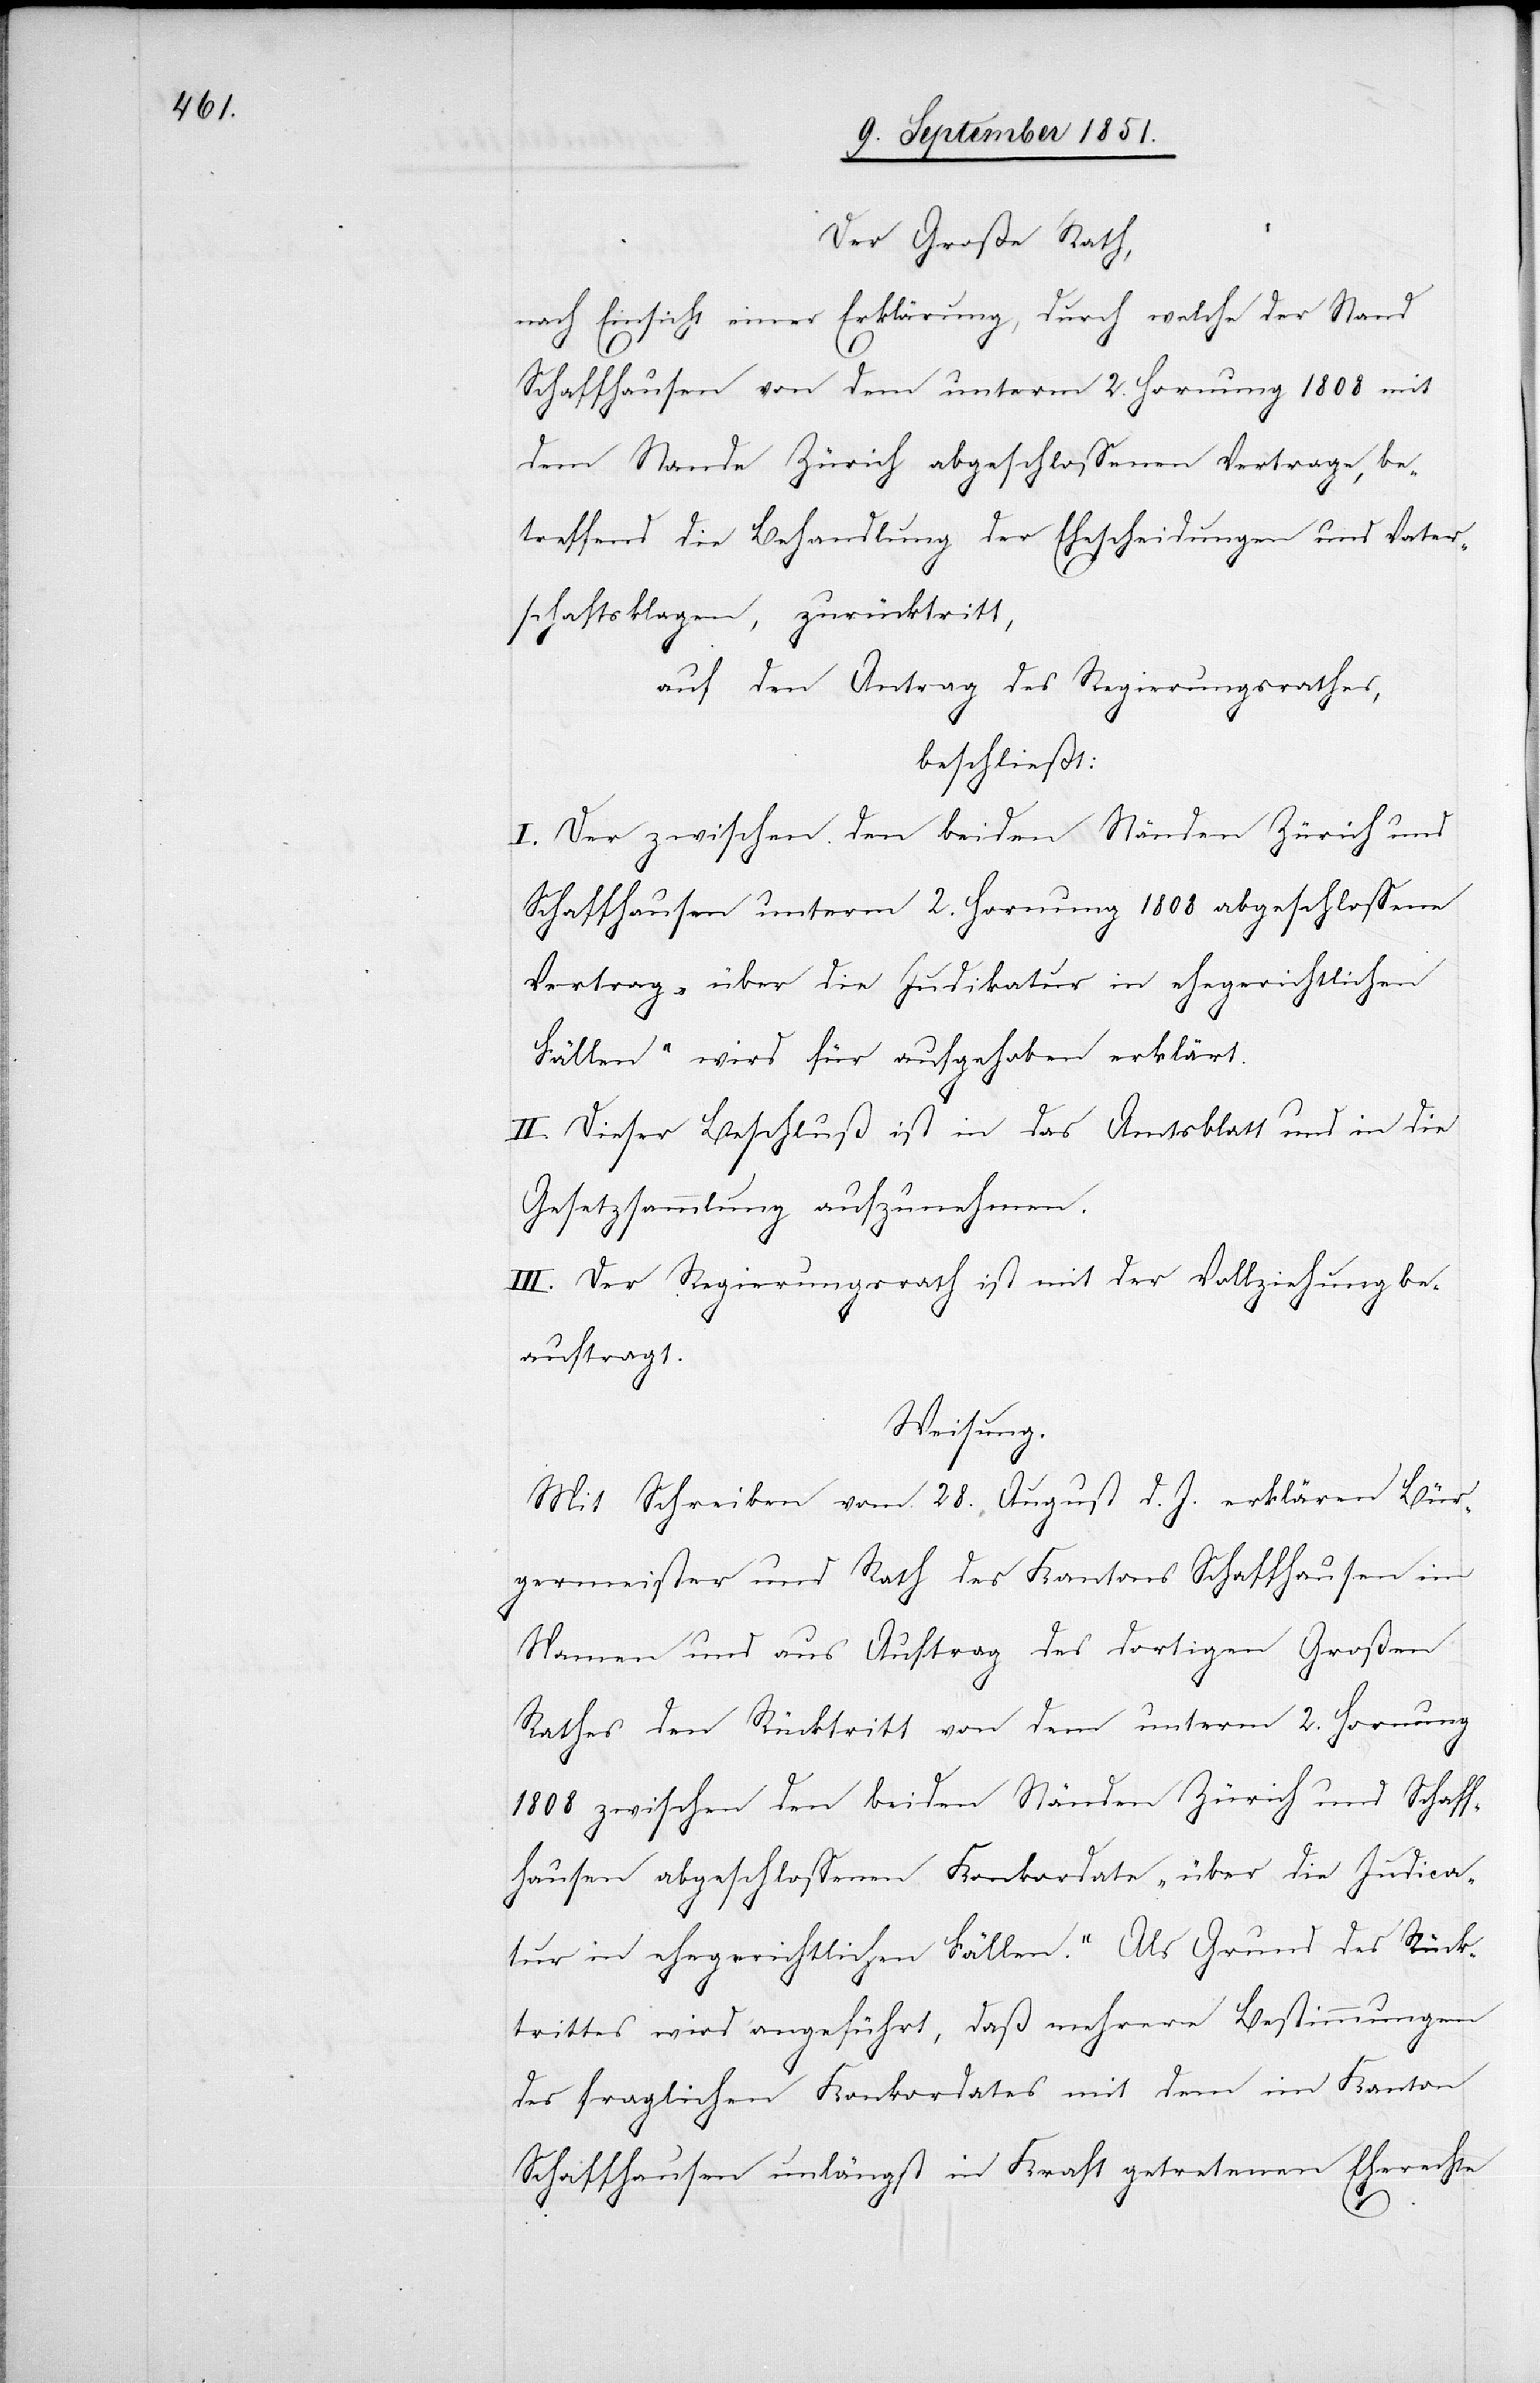
Der Große Rath,
nach Einsicht einer Erklärung, durch welche der Stand
Schaffhausen von dem unterm 2. Hornung 1808 mit
dem Stande Zürich abgeschlossenen Vertrage, be¬
treffend die Behandlung der Ehescheidungen und Vater¬
schaftsklagen, zurücktritt,
auf den Antrag des Regierungsrathes,
beschließt:
I. Der zwischen den beiden Ständen Zürich und
Schaffhausen unterm 2. Hornung 1808 abgeschlossene
Vertrag „über die Judikatur in ehegerichtlichen
Fällen“ wird für aufgehoben erklärt.
II. Dieser Beschluß ist in das Amtsblatt und in die
Gesetzsammlung aufzunehmen.
III. Der Regierungsrath ist mit der Vollziehung be¬
auftragt.
Weisung.
Mit Schreiben vom 28. August d. J. erklären Bür¬
germeister und Rath des Kantons Schaffhausen im
Namen und aus Auftrag des dortigen Großen
Rathes den Rücktritt von dem unterm 2. Hornung
1808 zwischen den beiden Ständen Zürich und Schaff¬
hausen abgeschlossenen Konkordate „über die Judica¬
tur in ehegerichtlichen Fällen.“ Als Grund des Rück¬
trittes wird angeführt, daß mehrere Bestimmungen
des fraglichen Konkordates mit dem im Kanton
Schaffhausen unlängst in Kraft getretenen Eherechte